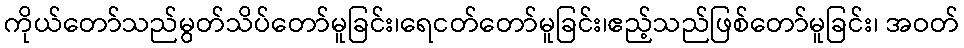
ကိုယ်တော်သည်မွတ်သိပ်တော်မူခြင်း၊ရေငတ်တော်မူခြင်း၊ဧည့်သည်ဖြစ်တော်မူခြင်း၊ အဝတ်